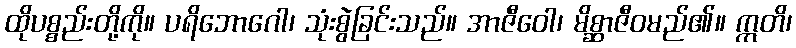
ထိုပစ္စည်းတို့ကို။ ပရိဘောဂေါ၊ သုံးစွဲခြင်းသည်။ အာဇီဝေါ၊ မိစ္ဆာဇီဝမည်၏။ ဣတိ၊